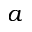
a